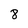
Character: 8